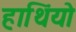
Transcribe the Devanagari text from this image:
हाथिंयो